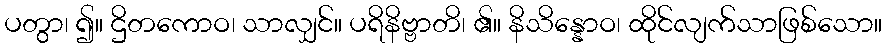
ပတွာ၊ ၍။ ဌိတကောဝ၊ သာလျှင်။ ပရိနိဗ္ဗာတိ၊ ၏။ နိသိန္နောဝ၊ ထိုင်လျက်သာဖြစ်သော။